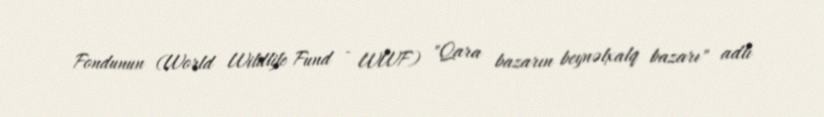
Fondunun (World Wildlife Fund - WWF) "Qara bazarın beynəlxalq bazarı" adlı